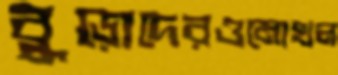
বুড়োদেরওমোখল